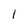
Character: l